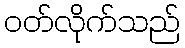
ဝတ်လိုက်သည်